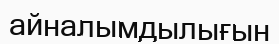
айналымдылығын